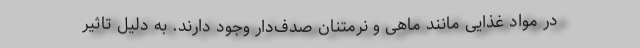
در مواد غذایی مانند ماهی و نرمتنان صدف‌دار وجود دارند. به دلیل تاثیر